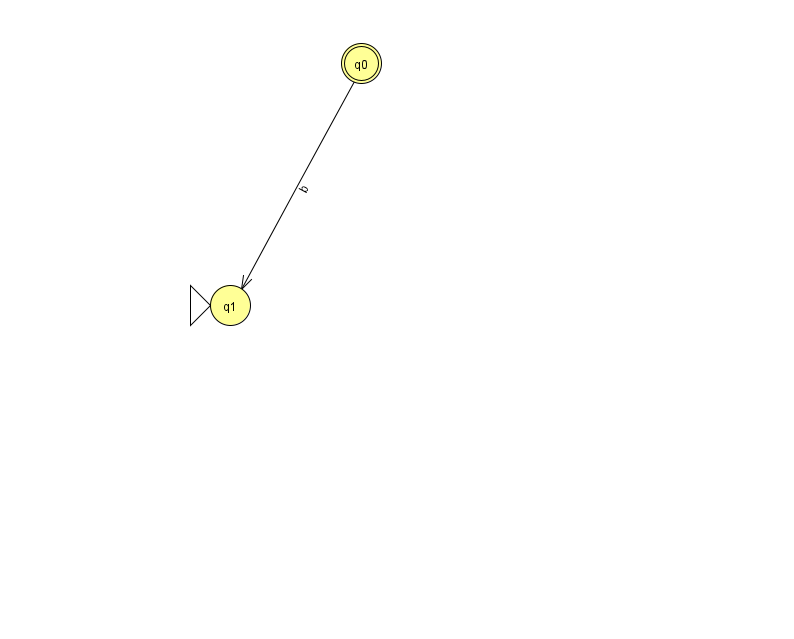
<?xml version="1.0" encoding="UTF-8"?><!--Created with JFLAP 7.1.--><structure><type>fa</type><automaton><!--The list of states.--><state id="0" name="q0"><x>361.0</x><y>50.0</y><final/></state><state id="1" name="q1"><x>230.0</x><y>292.0</y><initial/></state><!--The list of transitions.--><transition><from>0</from><to>1</to><read>b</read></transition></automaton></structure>